Regulations for the medical services of the Army of India
Year: 1930
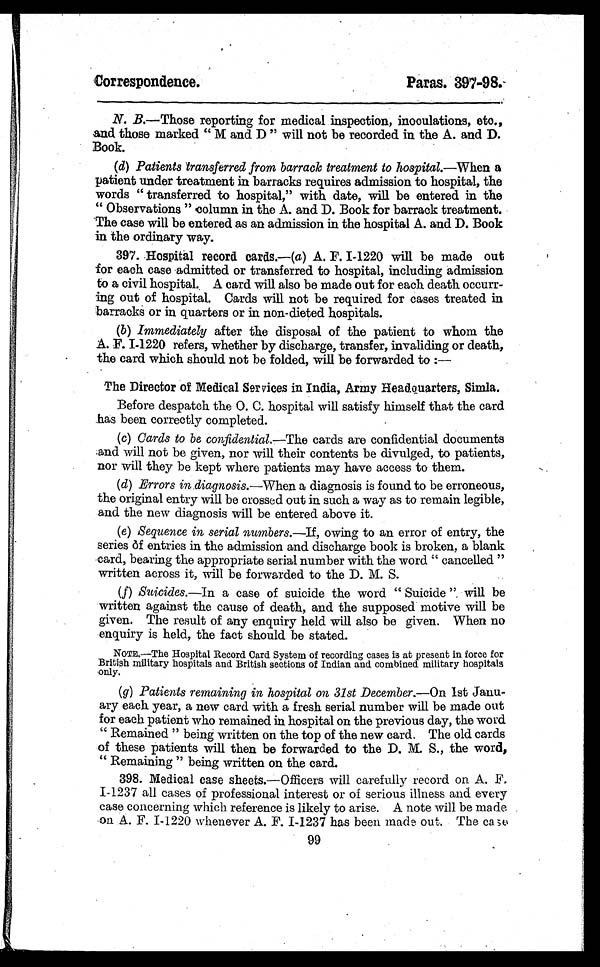
Correspondence.
Paras. 397-98.
N. B.—Those reporting for medical inspection, inoculations, etc.,
and those marked " M and D " will not be recorded in the A. and D.
Book.
(d) Patients transferred from barrack treatment to hospital.— When a
patient under treatment in barracks requires admission to hospital, the
words " transferred to hospital," with date, will be entered in the
" Observations " column in the A. and D. Book for barrack treatment.
The case will be entered as an admission in the hospital A. and D. Book
in the ordinary way.
397. Hospital record cards.—( a) A. F. I-1220 will be made out
for each case admitted or transferred to hospital, including admission
to a civil hospital. A card will also be made out for each death occurr-
ing out of hospital. Cards will not be required for cases treated in
barracks or in quarters or in non-dieted hospitals.
(b) Immediately after the disposal of the patient to whom the
A. F. I-1220 refers, whether by discharge, transfer, invaliding or death,
the card which should not be folded, will be forwarded to :—
The Director of Medical Services in India, Army Headquarters, Simla.
Before despatch the 0. C. hospital will satisfy himself that the card
has been correctly completed.
(c) Cards to be confidential.— The cards are confidential documents
and will not be given, nor will their contents be divulged, to patients,
nor will they be kept where patients may have access to them.
(d) Errors in diagnosis.—When a diagnosis is found to be erroneous,
the original entry will be crossed out in such a way as to remain legible,
and the new diagnosis will be entered above it.
(e) Sequence in serial numbers.— If, owing to an error of entry, the
series of entries in the admission and discharge book is broken, a blank
card, bearing the appropriate serial number with the word " cancelled "
written across it, will be forwarded to the D. M. S.
(f) Suicides.—In a case of suicide the word " Suicide " will be
written against the cause of death, and the supposed motive will be
given. The result of any enquiry held will also be given. When no
enquiry is held, the fact should be stated.
NOTE.—The Hospital Record Card System of recording cases is at present in force for
British military hospitals and British sections of Indian and combined military hospitals
only.
(g) Patients remaining in hospital on 31st December.— On 1st Janu-
ary each year, a new card with a fresh serial number will be made out
for each patient who remained in hospital on the previous day, the word
" Remained " being written on the top of the new card. The old cards
of these patients will then be forwarded to the D. M. S., the word,
" Remaining " being written on the card.
398. Medical case sheets.—Officers will carefully record on A. F.
I - 1 2 3 7 a l l c a s e s o f p r o f e s s i o n a l i n t e r e s t o r o f s e r i o u s i l l n e s s a n d e v e r y
case concerning which reference is likely to arise. A note will be made
on A. F. I-1220 whenever A. F. I-1237 has been made out. The case
99